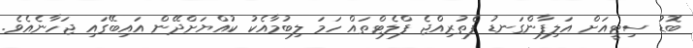
ބޮޑު ސިޓީއަށް އަލިފާންގަނޑު ފެތުރިއްޖެ ފްލެޓްތައް ހަމަ ލިބުމާއެކު ކުއްޔަށްދޭން އައިބޭގައި ޖަހާނެއެވެ.